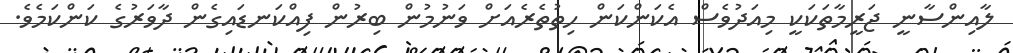
ލާއިންސާނީ ޖަރީމާތަކަކީ މިއަދުވެސް އެކަންކަން ހިތުތެރެއަށް ވަނުމުން ބިރުން ފިއްކަނޑައިގެން ދާވަރުގެ ކަންކަމެވެ.